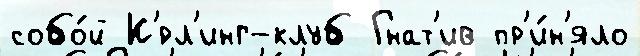
собо́й К'́рл'инг-клуб Гнат'ив пр'и́н'яло